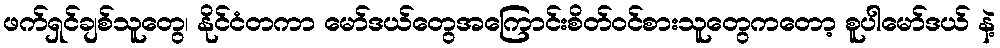
ဖက်ရှင်ချစ်သူတွေ၊ နိုင်ငံတကာ မော်ဒယ်တွေအကြောင်းစိတ်ဝင်စားသူတွေကတော့ စူပါမော်ဒယ် နဲ့